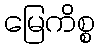
မြေကိစ္စ